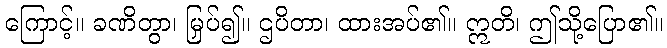
ကြောင့်။ ခဏိတွာ၊ မြှပ်၍။ ဌပိတာ၊ ထားအပ်၏။ ဣတိ၊ ဤသို့ပြော၏။